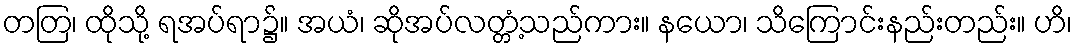
တတြ၊ ထိုသို့ ရအပ်ရာ၌။ အယံ၊ ဆိုအပ်လတ္တံ့သည်ကား။ နယော၊ သိကြောင်းနည်းတည်း။ ဟိ၊